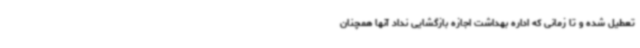
تعطیل شده و تا زمانی که اداره بهداشت اجازه بازگشایی نداد آنها همچنان